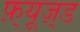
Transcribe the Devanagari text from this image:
फ़्यूज़्ड